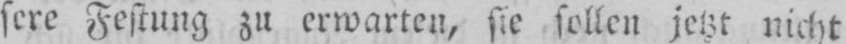
sere Festung zu erwarten, sie sollen jetzt nicht